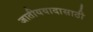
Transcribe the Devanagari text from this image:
जातीयवादासाठी